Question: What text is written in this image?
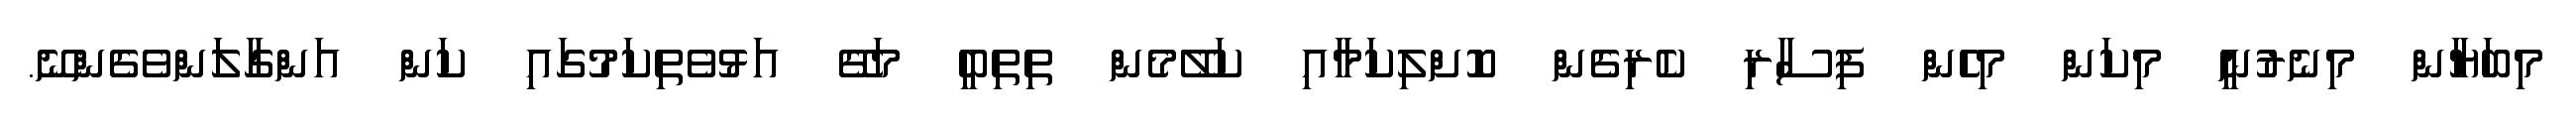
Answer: މިބަޔާން މިނެރުނީ މިކަން މިހެން ފިސާރި ކެރިގެން ކޮށްލިކަމާއި ކަލޭމެން ތިތިބީ މަގޭ އަޅުވެތިކަމުގައި ކަން އަންގާލަންވެގެންނޭ.